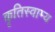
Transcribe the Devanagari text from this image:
कृतिस्वाम्य